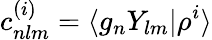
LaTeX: c_{nlm}^{(i)}=\langle g_{n}Y_{lm}|\rho^{i}\rangle